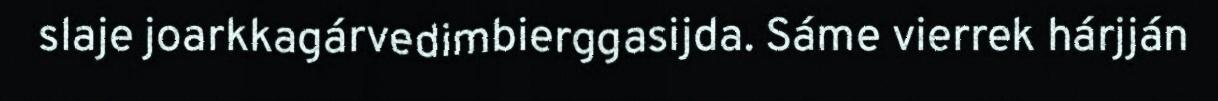
slaje joarkkagárvedimbierggasijda. Sáme vierrek hárjján